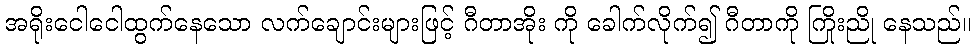
အရိုးငေါငေါထွက်နေသော လက်ချောင်းများဖြင့် ဂီတာအိုး ကို ခေါက်လိုက်၍ ဂီတာကို ကြိုးညို နေသည်။